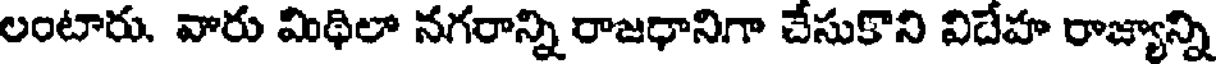
లంటారు. వారు మిథిలా నగరాన్ని రాజధానిగా చేసుకొని విదేహ రాజ్యాన్ని